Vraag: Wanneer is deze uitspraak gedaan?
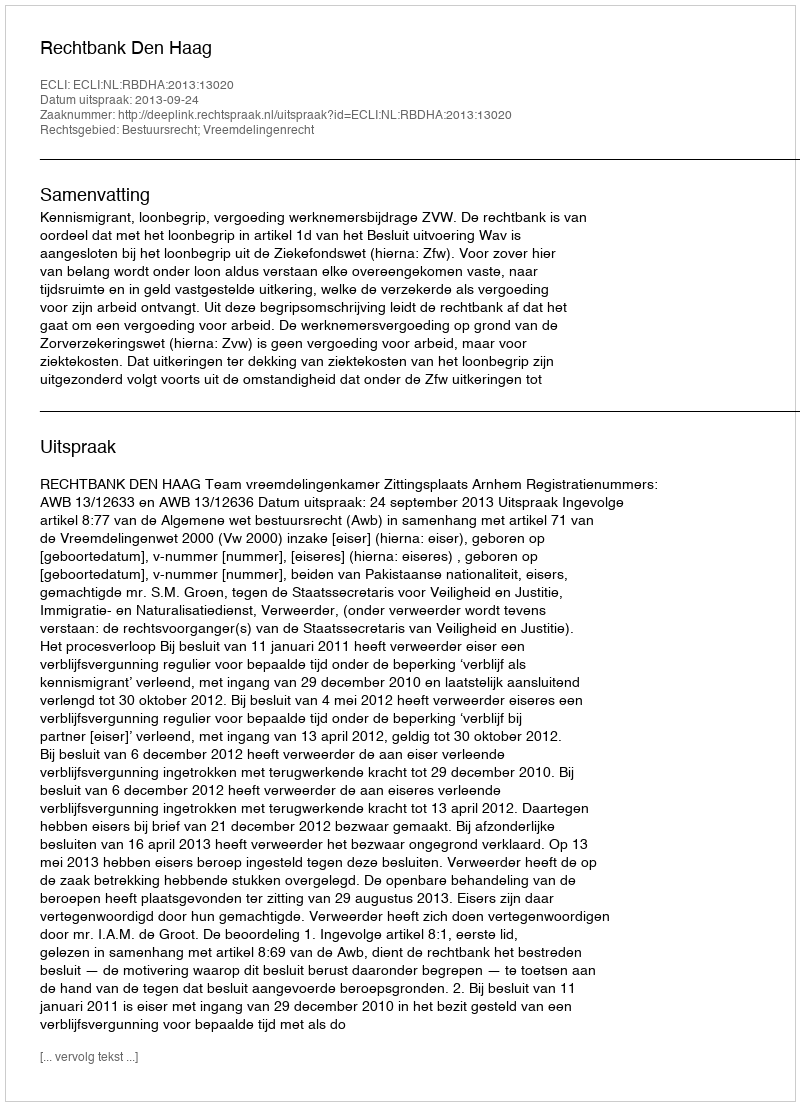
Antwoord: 2013-09-24